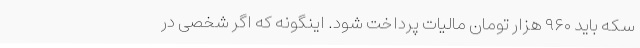
سکه باید ۹۶۰ هزار تومان مالیات پرداخت شود. اینگونه که اگر شخصی در